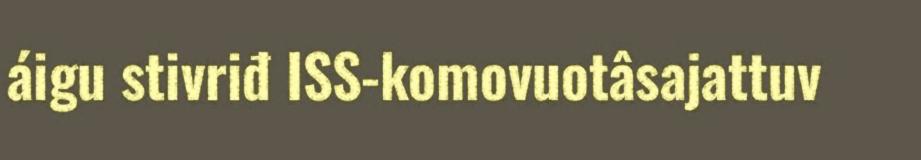
áigu stivriđ ISS-komovuotâsajattuv